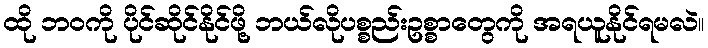
ထို ဘဝကို ပိုင်ဆိုင်နိုင်ဖို့ ဘယ်လိုပစ္စည်းဥစ္စာတွေကို အရယူနိုင်ရမလဲ။